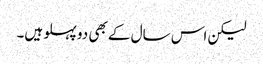
لیکن اس سال کے بھی دو پہلو ہیں۔